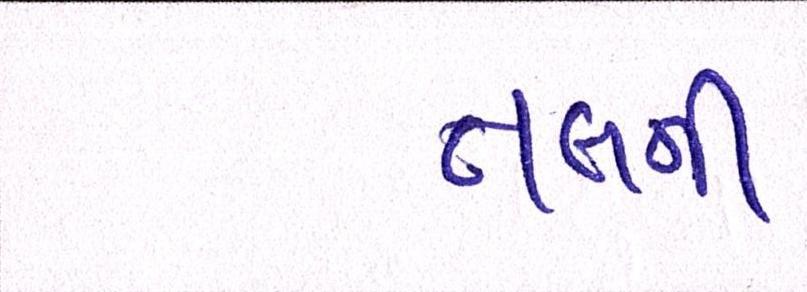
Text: તલની